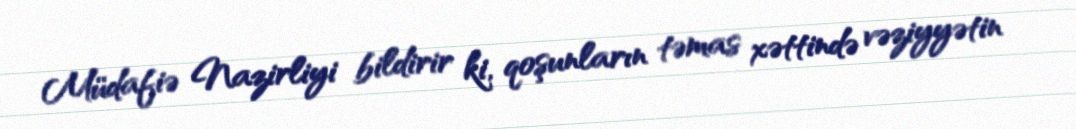
Müdafiə Nazirliyi bildirir ki, qoşunların təmas xəttində vəziyyətin